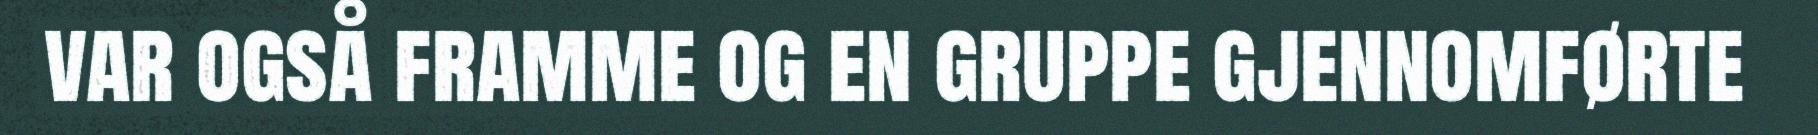
var også framme og en gruppe gjennomførte